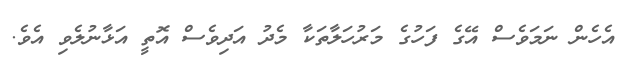
އެހެން ނަމަވެސް އޭގެ ފަހުގެ މަރުހަލާތަކާ މެދު އަދިވެސް އޮތީ އަޅާނުލެވި އެވެ.